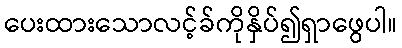
ပေးထားသောလင့်ခ်ကိုနှိပ်၍ရှာဖွေပါ။